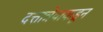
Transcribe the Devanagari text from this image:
दत्तात्रेयाकडून